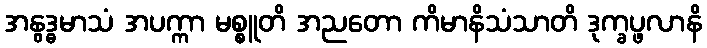
အနွဒ္ဓမာသံ အပက္ကာ မစ္စူတိ အညတော ကိမာနိသံသာတိ ဒုက္ခပ္ဖလာနိ